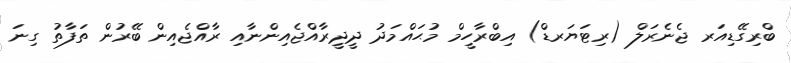
ބްރިގޭޑިއަރ ޖެނެރަލް (ރިޓަޔަރޑް) އިބްރާހީމް މުޙައްމަދު ދީދީރާއްޖެއިންނާއި ރާއްޖެއިން ބޭރުން ތަފާތު ގިނަ